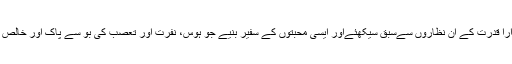
خدارا قدرت کے ان نظاروں سےسبق سیکھئےاور ایسی محبتوں کے سفیر بنیے جو ہوس، نفرت اور تعصب کی بو سے پاک اور خالص ہو۔